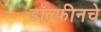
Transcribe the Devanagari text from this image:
डॉल्फीनचे